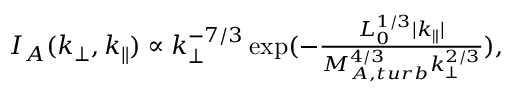
\begin{array} { r } { I _ { A } ( k _ { \perp } , k _ { \parallel } ) \propto k _ { \perp } ^ { - 7 / 3 } \exp ( - \frac { L _ { 0 } ^ { 1 / 3 } | k _ { \parallel } | } { M _ { A , t u r b } ^ { 4 / 3 } k _ { \perp } ^ { 2 / 3 } } ) , } \end{array}